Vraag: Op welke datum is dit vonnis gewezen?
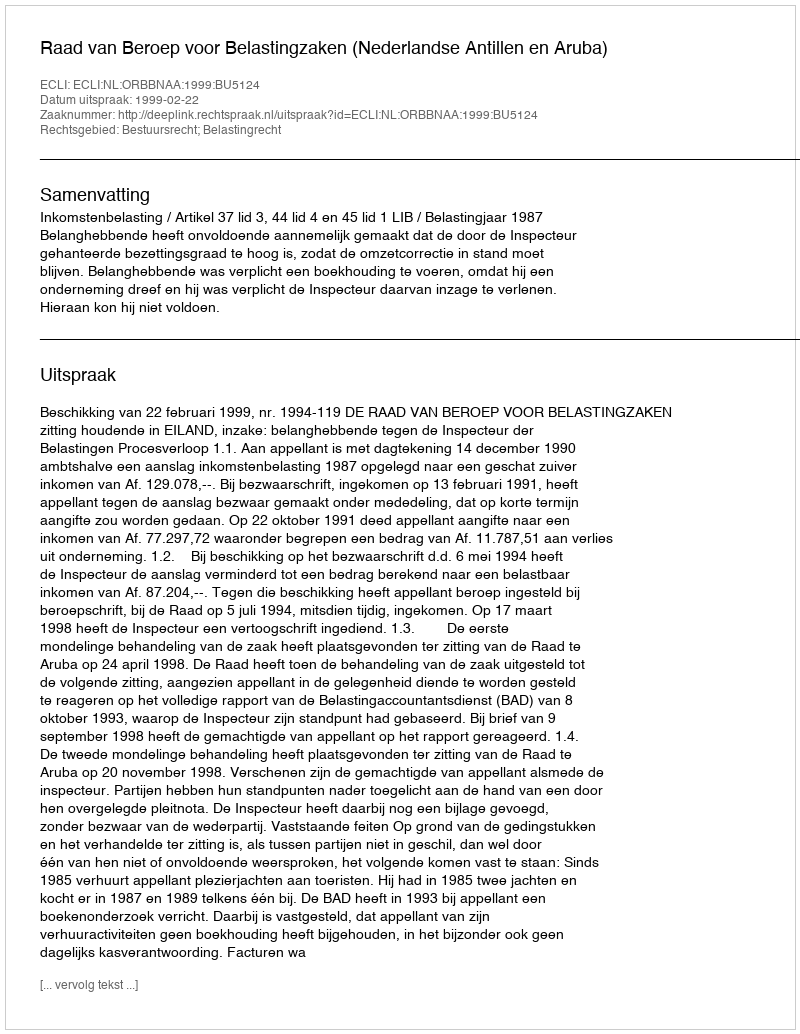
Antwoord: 1999-02-22